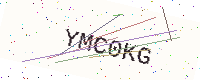
Text: YMC0KG